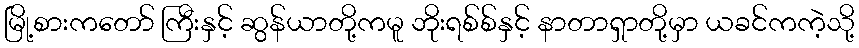
မြို့စားကတော် ကြီးနှင့် ဆွန်ယာတို့ကမူ ဘိုးရစ်စ်နှင့် နာတာရှာတို့မှာ ယခင်ကကဲ့သို့